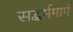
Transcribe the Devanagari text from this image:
सद्धर्ममार्ग